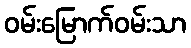
ဝမ်းမြောက်ဝမ်းသာ